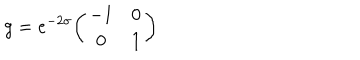
g = e ^ { - 2 \sigma } { \left( \begin{matrix} { { - 1 } } & { { 0 } } \\ { { 0 } } & { { 1 } } \\ \end{matrix} \right) }